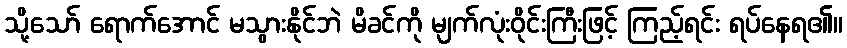
သို့သော် ရောက်အောင် မသွားနိုင်ဘဲ မိခင်ကို မျက်လုံးဝိုင်းကြီးဖြင့် ကြည့်ရင်း ရပ်နေရ၏။